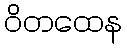
ဝိတထေန